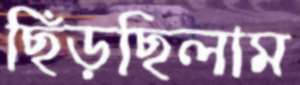
ছিঁড়ছিলাম